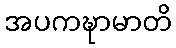
အပကဍ္ဎာမာတိ